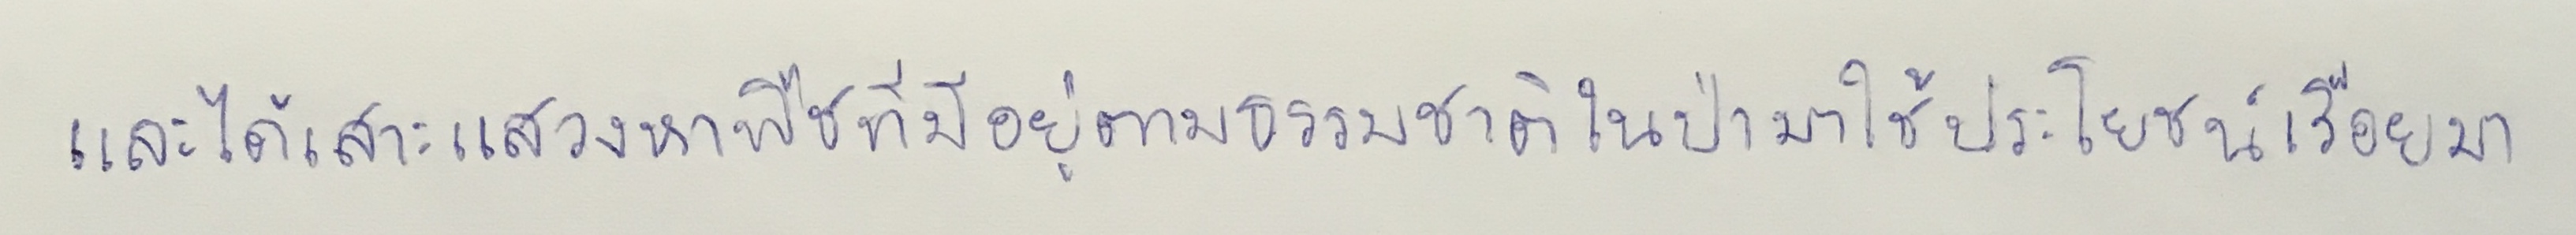
และได้เสาะแสวงหาพืชที่มีอยู่ตามธรรมชาติในป่ามาใช้ประโยชน์เรื่อยมา